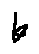
k